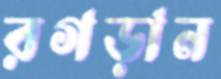
রগড়ান